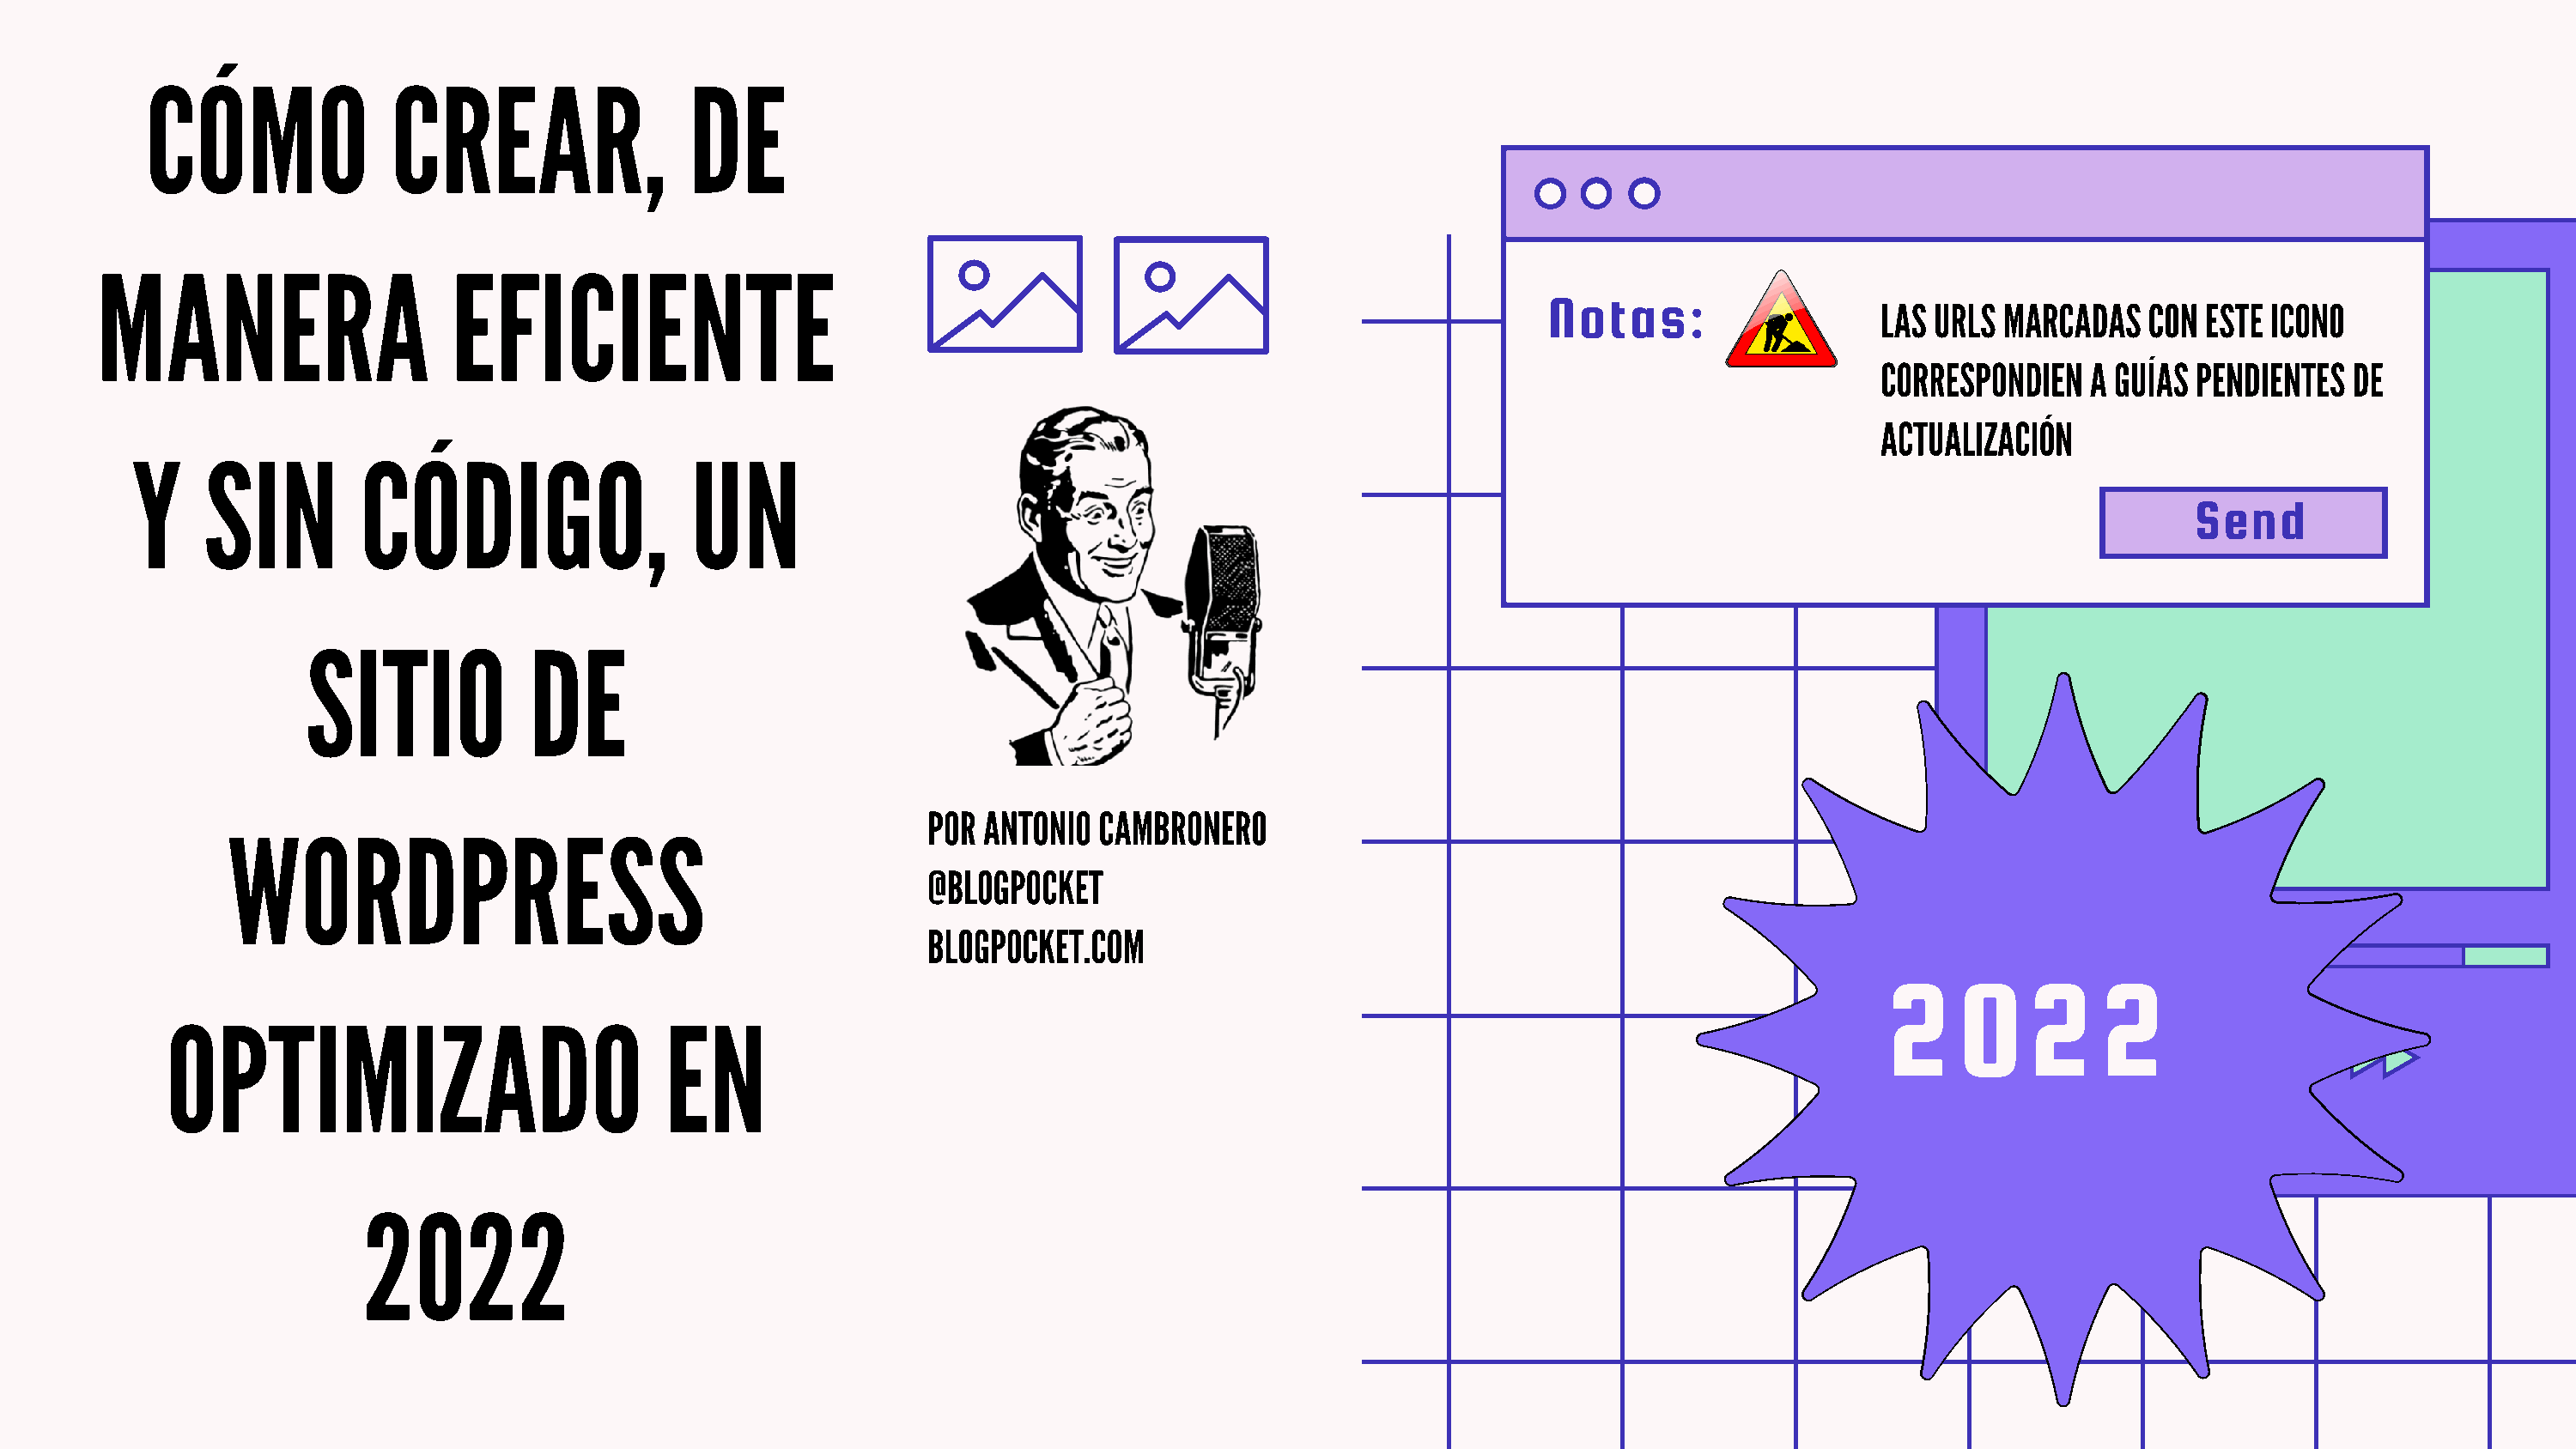
CÓMO               CREAR,                 DE
 MANERA                      EFICIENTE
 Notas:                    LAS URLS MARCADAS    CON ESTE ICONO
 CORRESPONDIEN   A GUÍAS PENDIENTES  DE
 ACTUALIZACIÓN
 Y     SIN         CÓDIGO,                  UN
 Send
 SITIO            DE
 WORDPRESS                                             POR ANTONIO  CAMBRONERO
 @BLOGPOCKET
 BLOGPOCKET.COM
 2     0    2     2
 OPTIMIZADO                            EN
 2022